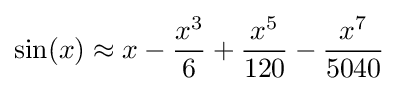
\operatorname {sin} (x)\approx x-{\frac {x^{3}}{6}}+{\frac {x^{5}}{120}}-{\frac {x^{7}}{5040}}